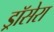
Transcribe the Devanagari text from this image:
ड्रॉसेरा